Vaccination in Bombay 1889-1901 - 1889-1901
Year: 1889
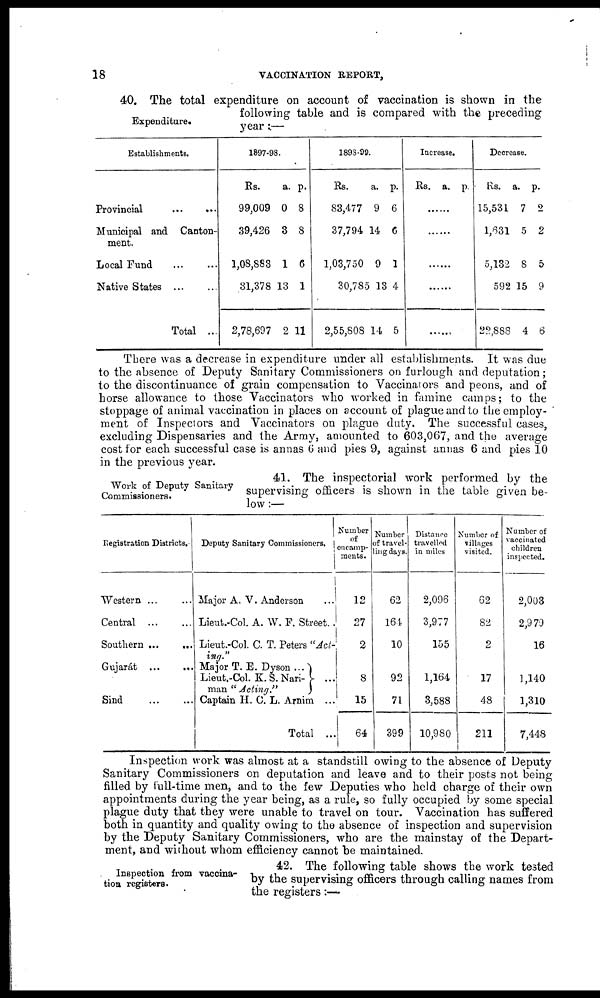
18
VACCINATION REPORT,
Expenditure.
40. The total expenditure on account of vaccination is shown in the
following table and is compared with the preceding
year :—
Establishments.
Provincial
...
...
Municipal and Canton-
ment.
Local Fund ... ...
Native States ... ...
Total ...
1897-98.
Rs.
99,009
39,426
1,08,883
31,378
2,78,697
a.
0
3
1
13
2
p.
8
8
6
1
11
1898-99.
Rs.
83,477
37,794
1,03,750
30,785
2,55,808
a.
9
14
9
13
14
p.
6
6
1
4
5
Increase.
Rs. a. p.
......
......
......
......
......
Decrease.
Rs.
15,531
1,631
5,132
592
22,888
a.
7
5
8
15
4
p.
2
2
5
9
6
There was a decrease in expenditure under all establishments. It was due
to the absence of Deputy Sanitary Commissioners on furlough and deputation;
to the discontinuance of grain compensation to Vaccinators and peons, and of
horse allowance to those Vaccinators who worked in famine camps; to the
stoppage of animal vaccination in places on account of plague and to the employ-
ment of Inspectors and Vaccinators on plague duty. The successful cases,
excluding Dispensaries and the Army, amounted to 603,067, and the average
cost for each successful case is annas 6 and pies 9, against annas 6 and pies 10
in the previous year.
Work of Deputy Sanitary
Commissioners.
41. The inspectorial work performed by the
supervising officers is shown in the table given be-
low :—
Registration Districts.
Western
...
...
Central ... ...
Southern ...
...
Gujarát ...
...
Sind
...
...
Deputy Sanitary Commissioners.
Major A. V. Anderson ...
Lieut.-Col. A. W. F. Street.
Lieut.-Col. C. T. Peters "Act-
-----
Major T. E. Dyson ...
Lieut.-Col. K. S. Nari¬
man "Acting"
Captain H. C. L. Arnim ...
Total ...
Number
of
encamp¬
ments.
12
27
2
8
15
64
Number
of travel-
ling days.
62
164
10
92
71
399
Distance
travelled
in miles
2,096
3,977
155
1,164
3,588
10,980
Number of
villages
visited.
62
82
2
17
48
211
Number of
vaccinated
children
inspected.
2,003
2,979
16
1,140
1,310
7,448
Inspection work was almost at a standstill owing to the absence of Deputy
Sanitary Commissioners on deputation and leave and to their posts not being
filled by full-time men, and to the few Deputies who held charge of their own
appointments during the year being, as a rule, so fully occupied by some special
plague duty that they were unable to travel on tour. Vaccination has suffered
both in quantity and quality owing to the absence of inspection and supervision
by the Deputy Sanitary Commissioners, who are the mainstay of the Depart-
ment, and without whom efficiency cannot be maintained.
Inspection from vaccina-
tion registers.
42. The following table shows the work tested
by the supervising officers through calling names from
the registers:—